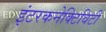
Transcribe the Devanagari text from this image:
इंटरकनेक्टिविटी